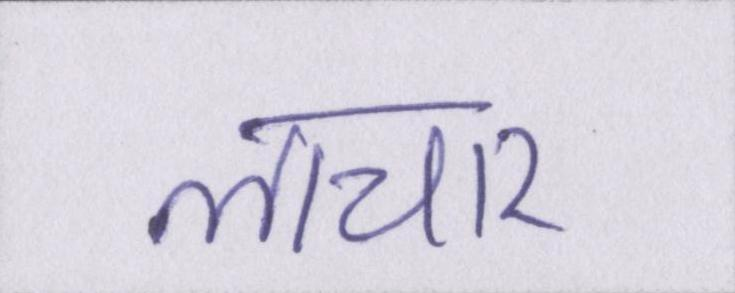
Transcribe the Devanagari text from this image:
लाचार